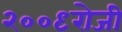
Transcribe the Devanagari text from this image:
२००९रोजी